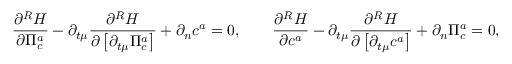
{ \frac { \partial ^ { R } { \cal H } } { \partial \Pi _ { c } ^ { a } } } - \partial _ { t \mu } { \frac { \partial ^ { R } { \cal H } } { \partial \left[ { \partial _ { t \mu } \Pi _ { c } ^ { a } } \right] } } + \partial _ { n } c ^ { a } = 0 , \qquad { \frac { \partial ^ { R } { \cal H } } { \partial c ^ { a } } } - \partial _ { t \mu } { \frac { \partial ^ { R } { \cal H } } { \partial \left[ { \partial _ { t \mu } c ^ { a } } \right] } } + \partial _ { n } \Pi _ { c } ^ { a } = 0 ,